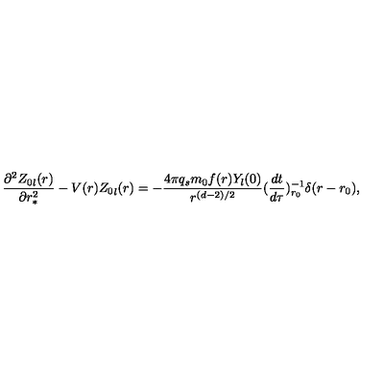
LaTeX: \frac { \partial ^ { 2 } { Z _ { 0 } } _ { l } ( r ) } { \partial r _ { * } ^ { 2 } } - V ( r ) { Z _ { 0 } } _ { l } ( r ) = - \frac { 4 \pi q _ { s } m _ { 0 } f ( r ) Y _ { l } ( 0 ) } { r ^ { ( d - 2 ) / 2 } } ( \frac { d t } { d \tau } ) _ { r _ { 0 } } ^ { - 1 } \delta ( r - r _ { 0 } ) ,